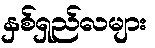
နှစ်ရှည်လများ